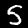
Label: 5